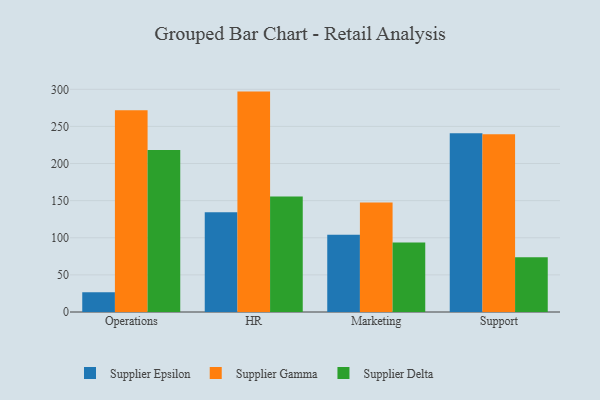
{"axis": {"x": "Department", "y": "Budget (USD K)"}, "legend": ["Supplier Delta", "Supplier Epsilon", "Supplier Gamma"], "data": [{"x": "Operations", "y": 26.7, "type": "Supplier Epsilon"}, {"x": "Operations", "y": 271.8, "type": "Supplier Gamma"}, {"x": "Operations", "y": 218.3, "type": "Supplier Delta"}, {"x": "HR", "y": 134.4, "type": "Supplier Epsilon"}, {"x": "HR", "y": 296.9, "type": "Supplier Gamma"}, {"x": "HR", "y": 155.7, "type": "Supplier Delta"}, {"x": "Marketing", "y": 104.0, "type": "Supplier Epsilon"}, {"x": "Marketing", "y": 147.6, "type": "Supplier Gamma"}, {"x": "Marketing", "y": 93.5, "type": "Supplier Delta"}, {"x": "Support", "y": 240.9, "type": "Supplier Epsilon"}, {"x": "Support", "y": 239.5, "type": "Supplier Gamma"}, {"x": "Support", "y": 73.6, "type": "Supplier Delta"}]}